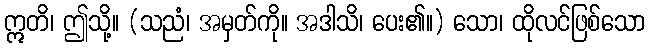
ဣတိ၊ ဤသို့။ (သညံ၊ အမှတ်ကို။ အဒါသိ၊ ပေး၏။) သော၊ ထိုလင်ဖြစ်သော